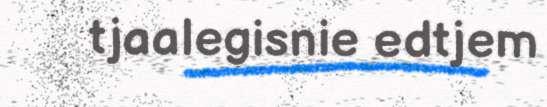
tjaalegisnie edtjem